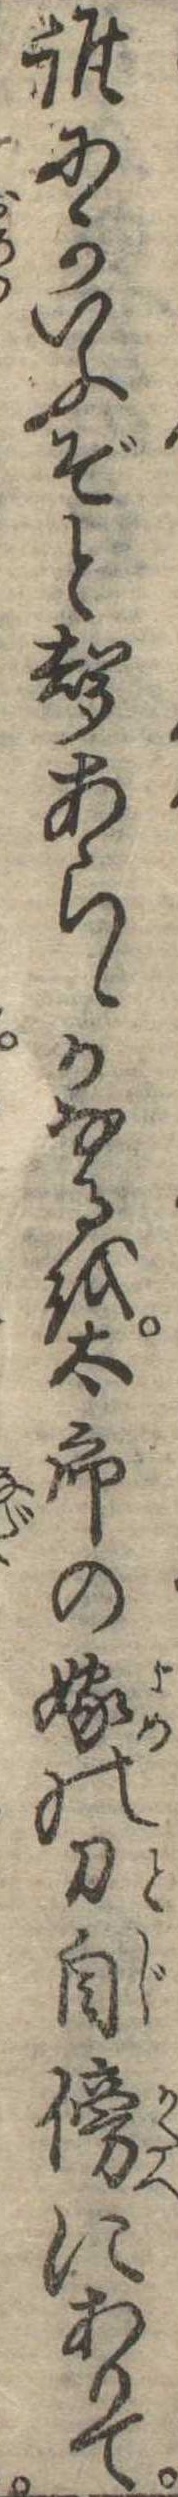
誰にかいふぞと声あらゝかなるを太郎の嫁の刀自傍にありて